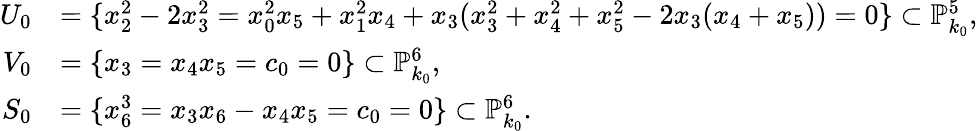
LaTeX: \begin{array}{rl}{U_{0}}&{=\{ x_{2}^{2}-2x_{3}^{2}=x_{0}^{2}x_{5}+x_{1}^{2}x_{4}+x_{3}(x_{3}^{2}+x_{4}^{2}+x_{5}^{2}-2x_{3}(x_{4}+x_{5}))=0\} \subset\mathbb{P}_{k_{0}}^{5},}\\ {V_{0}}&{=\{ x_{3}=x_{4}x_{5}=c_{0}=0\} \subset\mathbb{P}_{k_{0}}^{6},}\\ {S_{0}}&{=\{ x_{6}^{3}=x_{3}x_{6}-x_{4}x_{5}=c_{0}=0\} \subset\mathbb{P}_{k_{0}}^{6}.}\end{array}